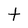
Character: t